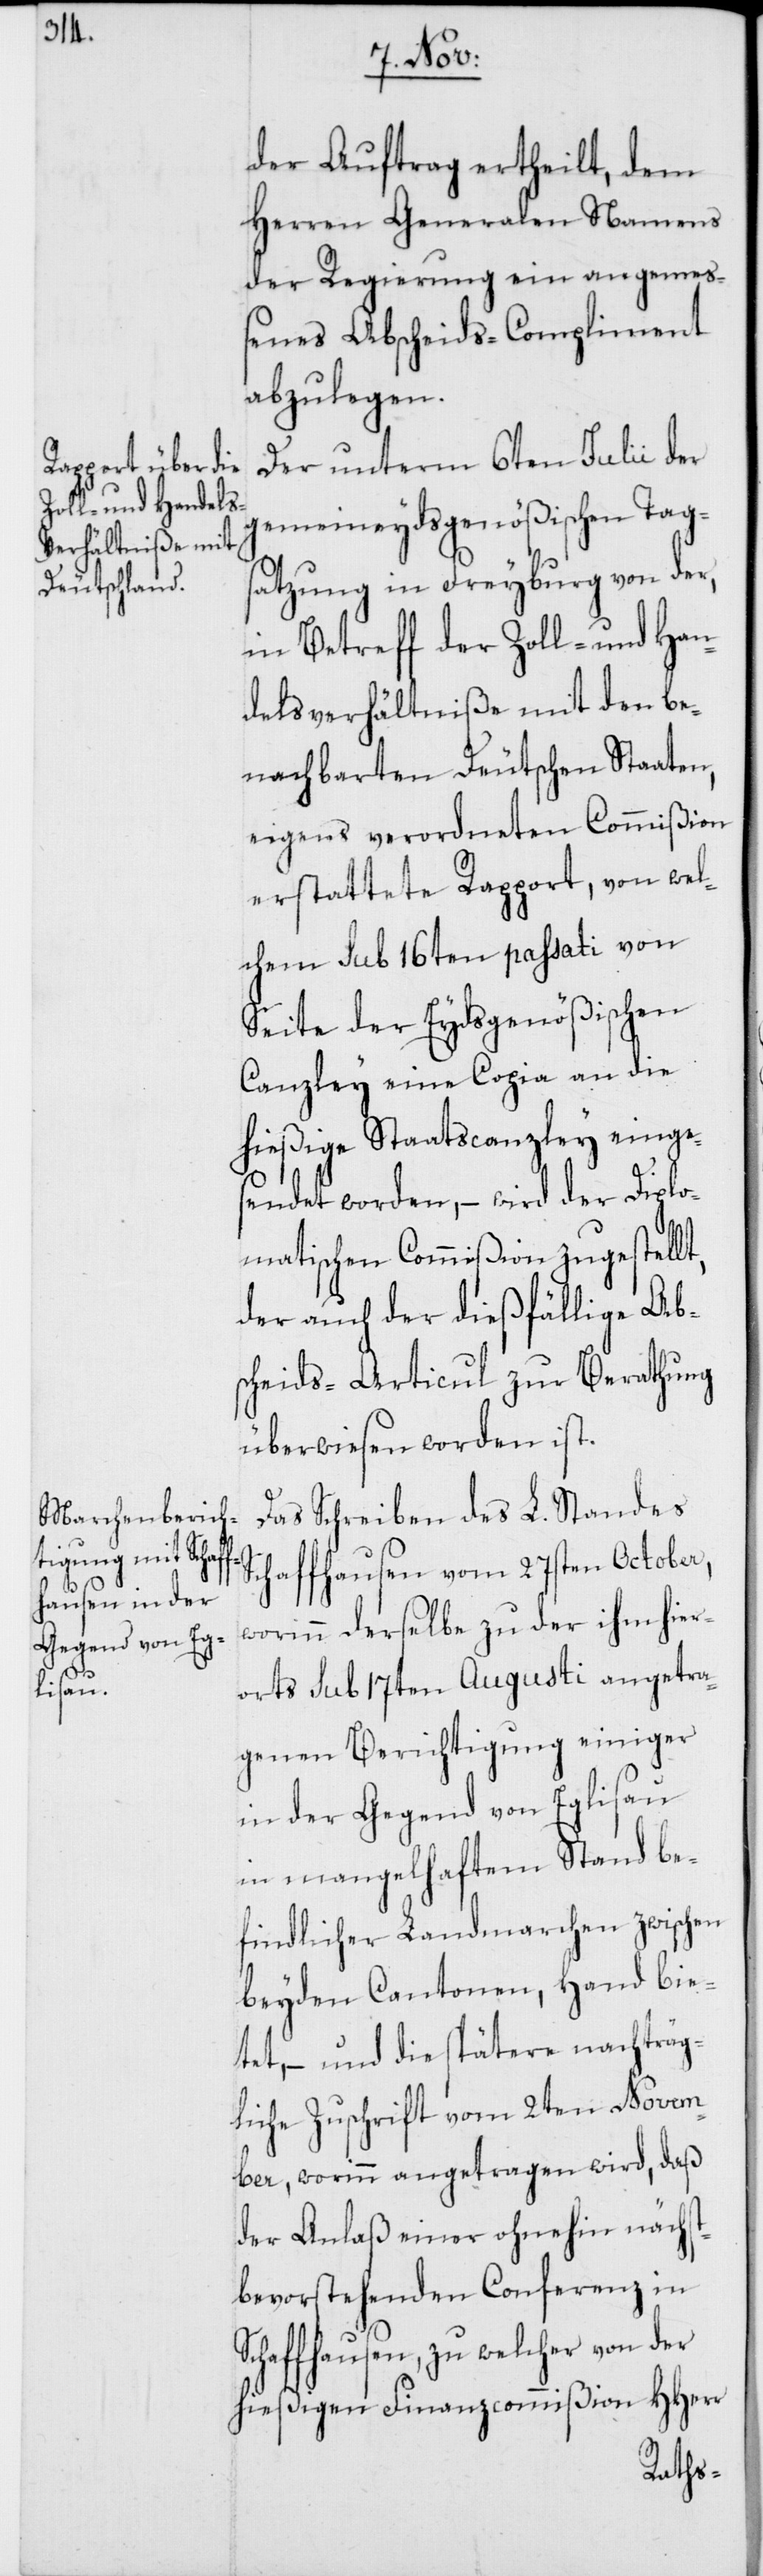
der Auftrag ertheilt, dem
Herren Generalen Namens
der Regierung ein angemeß¬
enes Abscheids-Compliment
abzulegen.
Der unterm 6ten Julii der
gemeineydsgenößischen Tag¬
satzung in Freyburg von der,
in Betreff der Zoll- und Han¬
delsverhältniße mit den be¬
nachbarten Deutschen Staaten,
eigens verordneten Commißion
erstattete Rapport, von wel¬
chem sub 16ten passati von
Seite der Eydsgenößischen
Canzley eine Copia an die
hießige Staatscanzley einge¬
S¬
sendet worden, – wird der Diplo¬
matischen Commißion zugestellt,
der auch der dießfällige Ab¬
scheids-Articul zur Berathung
überwiesen worden ist.
Das Schreiben des L. Standes
Schaffhausen vom 27sten October,
worinn derselbe zu der ihm hier¬
orts sub 17ten Augusti angetra¬
genen Berichtigung einiger
in der Gegend von Eglisau
in mangelhaftem Stand be¬
findlicher Landmarchen zwischen
beyden Cantonen, Hand bie¬
tet, – und die spätere nachträg¬
liche Zuschrift vom 2ten Novem¬
ber, worinn angetragen wird, daß
der Anlaß einer ohnehin nächs¬
tbevorstehenden Conferenz in
chaffhausen, zu welcher von der
hießigen Finanzcommißion HHerr